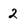
Character: 2